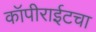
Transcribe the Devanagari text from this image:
कॉपीराईटचा